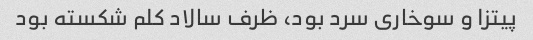
پیتزا و سوخاری سرد بود، ظرف سالاد کلم شکسته بود